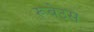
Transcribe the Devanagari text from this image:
रूबेउस